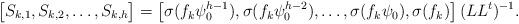
LaTeX: \begin{align*}\left[ \begin{matrix} S_{k,1},S_{k,2},\ldots ,S_{k,h}\end{matrix}\right]=\left[ \begin{matrix} \sigma (f_{k}\psi _0 ^{h-1}), \sigma (f_{k}\psi _0 ^{h-2}),\ldots ,\sigma (f_{k}\psi _0),\sigma (f_{k})\end{matrix}\right] (LL^t)^{-1}.\end{align*}